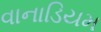
વાનાડિયમ